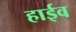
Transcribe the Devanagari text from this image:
हाईव